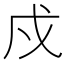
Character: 戍